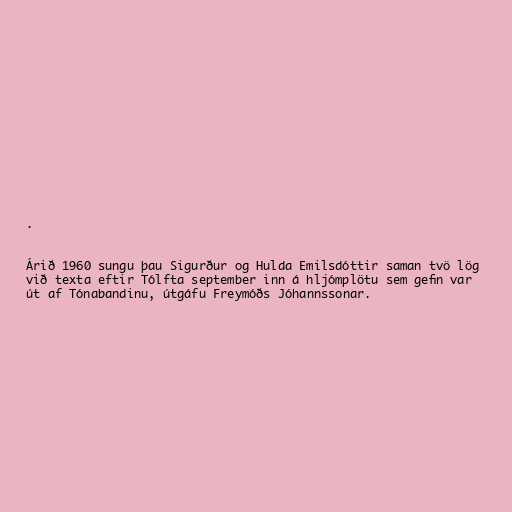
.

Árið 1960 sungu þau Sigurður og Hulda Emilsdóttir saman tvö lög
við texta eftir Tólfta september inn á hljómplötu sem gefin var
út af Tónabandinu, útgáfu Freymóðs Jóhannssonar.